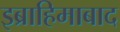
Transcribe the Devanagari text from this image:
इब्राहिमाबाद